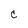
Character: C